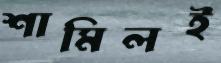
শামিলই